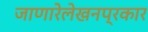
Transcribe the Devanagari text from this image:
जाणारेलेखनप्रकार